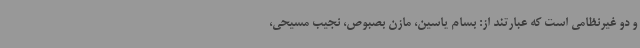
و دو غیرنظامی است که عبارتند از: بسام یاسین، مازن بصبوص، نجیب مسیحی،